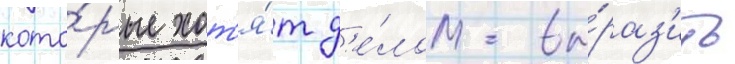
кото́рые хот'я́т д'е́лом вы́раз'ить